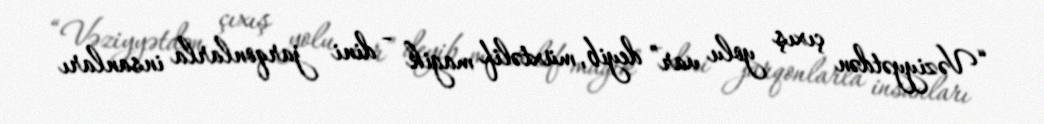
“Vəziyyətdən çıxış yolu var” deyib, müxtəlif magik - dini jarqonlarla insanları